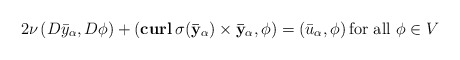
\begin{align*}2\nu\left(D\bar y_\alpha,D\phi\right)+\left(\mathbf{curl}\, \sigma(\mathbf{\bar y_\alpha})\times \mathbf{\bar y_\alpha},\phi\right)=\left(\bar u_\alpha,\phi\right) \mbox{for all} \ \phi\in V\end{align*}